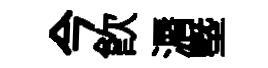
今飮漘塈